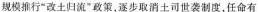
规模推行”改土归流”政策，逐步取消土司世袭制度，任命有